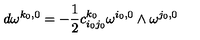
d \omega ^ { k _ { 0 } , 0 } = - \frac { 1 } { 2 } c _ { i _ { 0 } j _ { 0 } } ^ { k _ { 0 } } \omega ^ { i _ { 0 } , 0 } \wedge \omega ^ { j _ { 0 } , 0 }